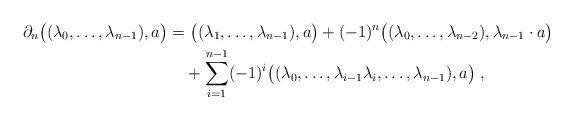
LaTeX: \begin{align*}\partial_{n} \big( {( \lambda_0, \ldots, \lambda_{n-1}), a } \big) = &\ \big({(\lambda_1, \ldots, \lambda_{n-1})}, a \big) + (-1)^n \big({(\lambda_0, \ldots, \lambda_{n-2})}, \lambda_{n-1} \cdot a\big) \\& + \sum_{i=1}^{n-1} (-1)^i \big( {(\lambda_0,\ldots, \lambda_{i-1} \lambda_i, \ldots, \lambda_{n-1}), a } \big) \;,\end{align*}